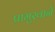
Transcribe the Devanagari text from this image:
प्रामुखाने